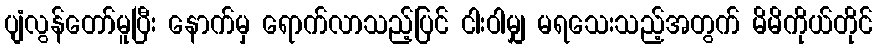
ပျံလွန်တော်မူပြီး နောက်မှ ရောက်လာသည့်ပြင် ငါးဝါမျှ မရသေးသည့်အတွက် မိမိကိုယ်တိုင်